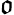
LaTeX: \mathfrak{o}